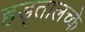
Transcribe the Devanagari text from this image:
हड्तालच्के